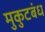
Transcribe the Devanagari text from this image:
मुकुटबंध